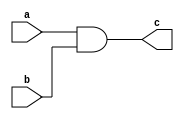
`timescale 1ns / 1ps
//////////////////////////////////////////////////////////////////////////////////
// Company: 
// Engineer: 
// 
// Design Name: 
// Module Name:    and1 
// Project Name: 
// Target Devices: 
// Tool versions: 
// Description: 
//
// Dependencies: 
//
// Revision: 
// Revision 0.01 - File Created
// Additional Comments: 
//
//////////////////////////////////////////////////////////////////////////////////
module and1(
    input a,
    output c,
    input b
    );
and p1 (c,a,b) ;

endmodule